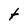
Character: t